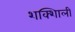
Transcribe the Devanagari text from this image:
शक्शिाली